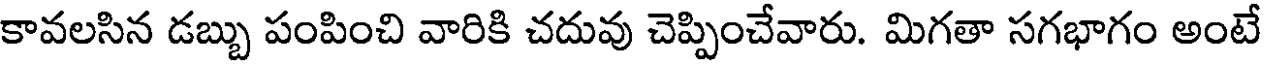
కావలసిన డబ్బు పంపించి వారికి చదువు చెప్పించేవారు. మిగతా సగభాగం అంటే